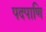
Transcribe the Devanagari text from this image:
पदपाणि